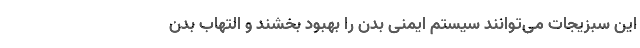
این سبزیجات می‌توانند سیستم ایمنی بدن را بهبود بخشند و التهاب بدن